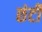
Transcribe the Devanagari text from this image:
छंटी